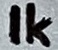
Text: 1K